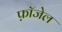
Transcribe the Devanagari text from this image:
फ़ॉजेल